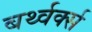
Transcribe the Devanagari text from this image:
बर्थ्वर्क्स